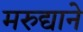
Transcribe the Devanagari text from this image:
मरुद्याने